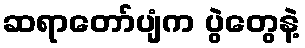
ဆရာတော်ပျံက ပွဲတွေနဲ့